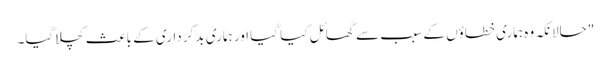
"حالانکہ وہ ہماری خطاؤں کے سبب سے گھائل کیا گیا اور ہماری بد کرداری کے باعث کچلا گیا۔